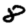
Digit: 8